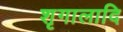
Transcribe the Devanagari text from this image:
शृगालादि